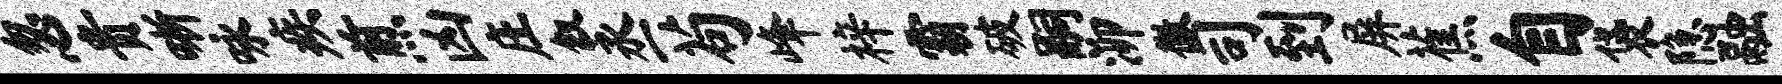
忽贵晰咏疾煎凶庄叙丞苟峰梓霸破嗣泖徽司到屏蕉自袋隐融